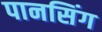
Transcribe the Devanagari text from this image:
पानसिंग